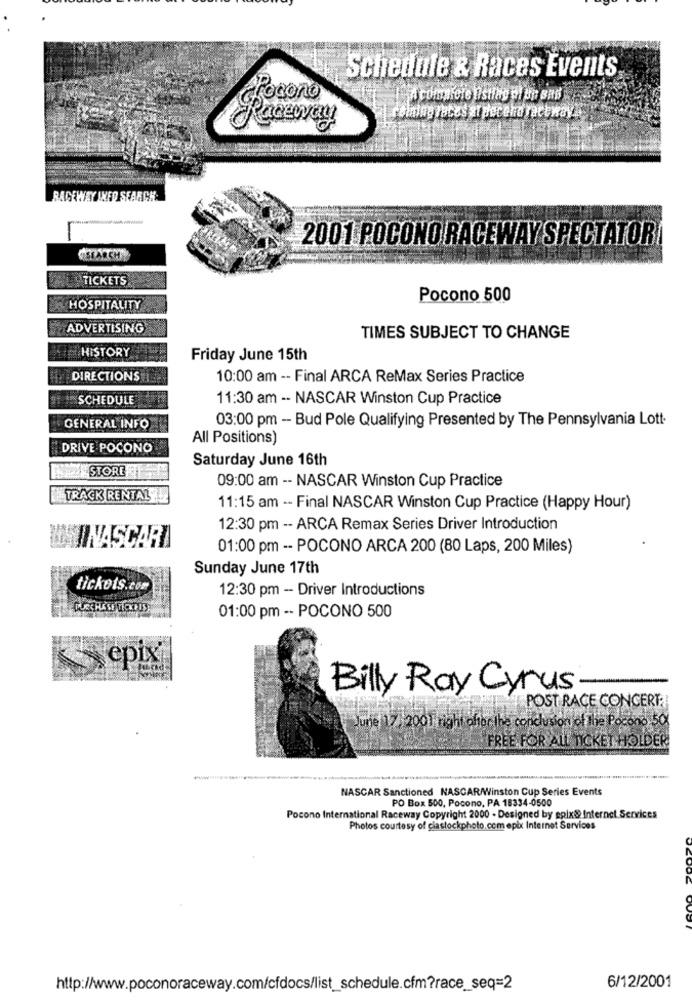
Schedule & Races Events
Pocono
Acoinhere Ising of Be ans
reining rates at peceha raceway.
RAC HAY INFO SEARCH.
-
2001 POCONO RACEWAY SPECTATOR(
TICKETS
Pocono 500
HOSPITALITY
ADVERTISING
TIMES SUBJECT TO CHANGE
HISTORY
Friday June 15th
DIRECTIONS
10:00 am -- Final ARCA ReMax Series Practice
SCHEDULE
11:30 am -- NASCAR Winston Cup Practice
03:00 pm - Bud Pole Qualifying Presented by The Pennsylvania Lott-
GENERAL INFO
All Positions)
DRIVE POCONO
Saturday June 16th
STORE
09:00 am -- NASCAR Winston Cup Practice
TRACK RENTAL
11:15 am -- Final NASCAR Winston Cup Practice (Happy Hour)
12:30 pm -- ARCA Remax Series Driver Introduction
WMINASCARA
01:00 pm -- POCONO ARCA 200 (80 Laps, 200 Miles)
Sunday June 17th
tickets.com
12:30 pm - Driver Introductions
01:00 pm -- POCONO 500
epix
Billy Ray Cyrus
POST RACE CONCERT:
June 17 , 2001 right oher the conclusion of the Pocono 50
FREE FOR ALL TICKET HOLDER
-
NASCAR Sanctioned NASCAR/Winston Cup Series Events
PO Box 500, Pocono, PA 18334-0500
Pocono International Raceway Copyright 2000 - Designed by epix& Internet Services
Photos courtesy of ciastockphoto.com epix Internet Services
http://www.poconoraceway.com/cfdocs/list_schedule.cfm?race_seq=2
6/12/2001